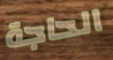
الحاجة